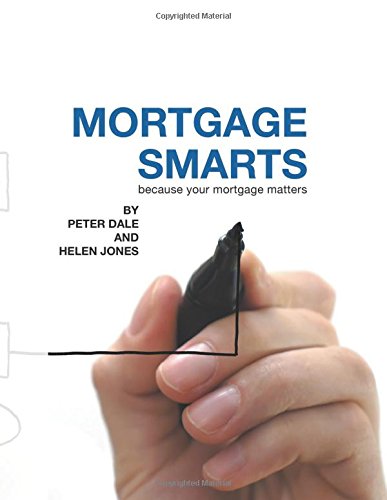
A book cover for Mortgage Smarts; Peter Dale; Business & Money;